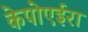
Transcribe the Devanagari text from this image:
केपोएईरा